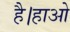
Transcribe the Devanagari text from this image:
है।हाओ